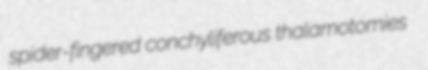
spider-fingered conchyliferous thalamotomies